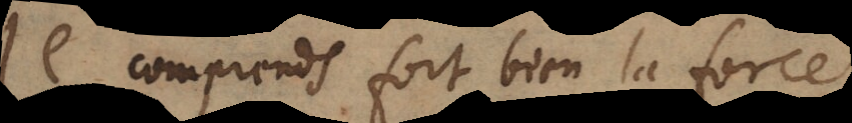
Je comprends fort bien la force